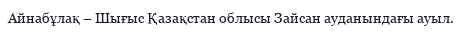
Айнабұлақ – Шығыс Қазақстан облысы Зайсан ауданындағы ауыл.